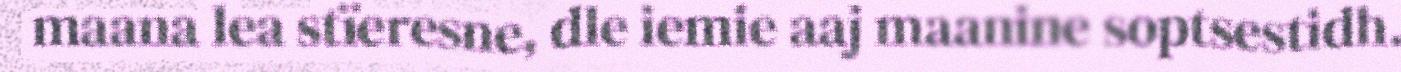
maana lea stïeresne, dle iemie aaj maanine soptsestidh.